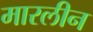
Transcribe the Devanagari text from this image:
मारलीन